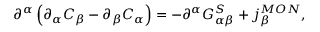
\partial ^ { \alpha } \left( \partial _ { \alpha } C _ { \beta } - \partial _ { \beta } C _ { \alpha } \right) = - \partial ^ { \alpha } G _ { \alpha \beta } ^ { S } + j _ { \beta } ^ { M O N } ,